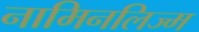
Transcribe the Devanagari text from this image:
नामिनलिज्म